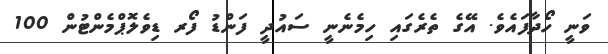
ވަނީ ހޯދާފައެވެ. އޭގެ ތެރެގައި ހިމެނެނީ ސައުދީ ފަންޑު ފޯރ ޑިވެލޮޕްމެންޓުން 100